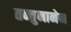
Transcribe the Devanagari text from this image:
तन्तुनानेन